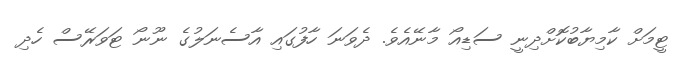
ޓީމަށް ކާމިޔާބުކޮށްދިނީ ސަޑިއޯ މާނޭއެވެ. ދެވަނަ ހާފުގައި އާސެނަލުގެ ނޫނޯ ޓަވަރޭސް ހެދި